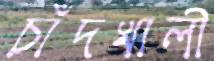
চাঁদখালী